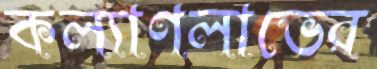
কল্যাণলাভের